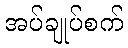
အပ်ချုပ်စက်